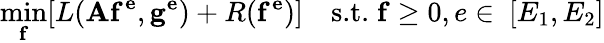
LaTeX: \operatorname*{min}_{\mathbf{f}}[L(\mathbf{Af^{e}},\mathbf{g^{e}})+R(\mathbf{f^{e}})]\quad\textrm{s.t.}\; \mathbf{f}\geq 0,e\in\ [E_{1},E_{2}]